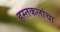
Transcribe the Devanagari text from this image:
हस्तकलांचा